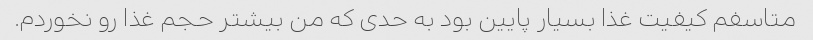
متاسفم کیفیت غذا بسیار پایین بود به حدی که من بیشتر حجم غذا رو نخوردم.